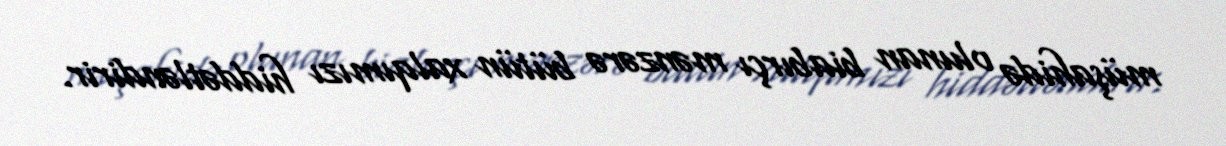
müşahidə olunan biabırçı mənzərə bütün xalqımızı hiddətləndirir.